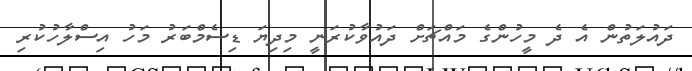
ދައުލަތުން އެ ދެ މީހުންގެ މައްޗަށް ދައުވާކުރަނީ މިދިޔަ ޑިސެމްބަރު މަހު އިސްލާހުކުރި